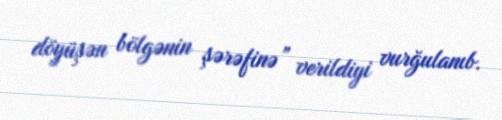
döyüşən bölgənin şərəfinə” verildiyi vurğulanıb.